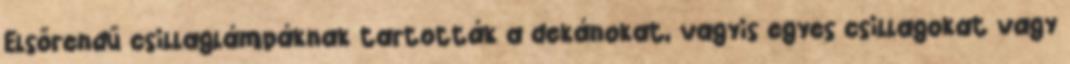
Elsőrendű csillaglámpáknak tartották a dekánokat, vagyis egyes csillagokat vagy